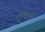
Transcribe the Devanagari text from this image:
सहागुनचे